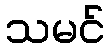
သမင်